Annual returns of the Patna Lunatic Asylum at Bankipore in Bihar and Orissa - 1912-1924
Year: 1912
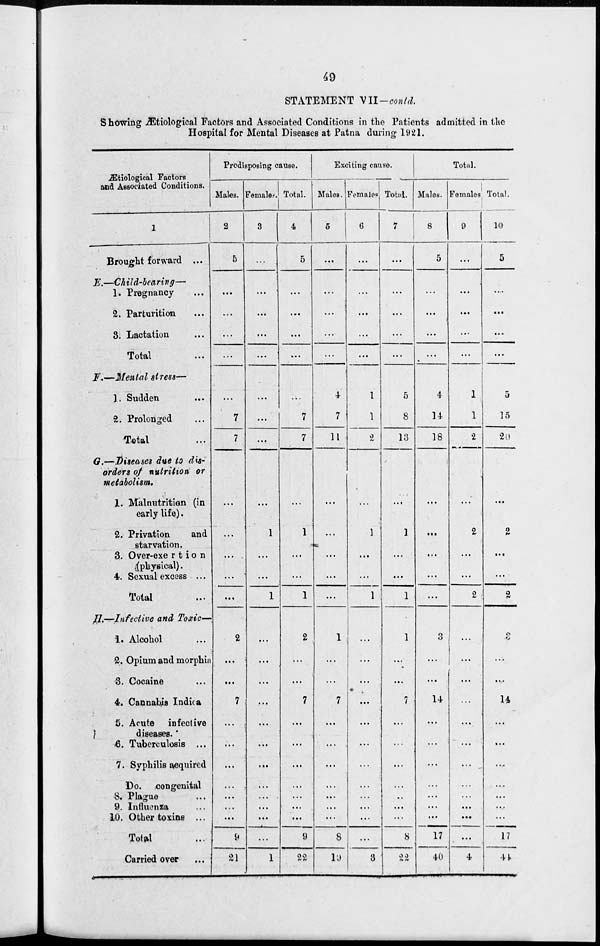
49
STATEMENT VII—contd.
Showing Ætiological Factors and Associated Conditions in the Patients admitted in the
Hospital for Mental Diseases at Patna during 1921.
Ætiological Factors
and Associated Conditions.
1
Brought forward ...
E.—Child-bearing—
1. Pregnancy ...
2. Parturition ...
3. Lactation ...
Total ...
F.—Mental stress—
1. Sudden ...
2. Prolonged ...
Total ...
G.—Diseases due to dis-
orders of nutrition or
metabolism.
1. Malnutrition (in
early life).
2. Privation
and
starvation.
3. Over-exertion
(physical).
4. Sexual excess ...
Total ...
H.—Infective and Toxic—
1. Alcohol ...
2. Opium and morphia
3. Cocaine ...
4. Cannabis Indica
5. Acute infective
diseases.
6. Tuberculosis ...
7. Syphilis acquired
Do. congenital
8. Plague ...
9. Influenza ...
10. Other toxins ...
Total ...
Carried over
...
Predisposing cause.
Males.
2
5
...
...
...
...
...
7
7
...
...
...
...
...
2
...
...
7
...
...
...
...
...
...
...
9
21
Females.
3
...
...
...
...
...
...
...
...
...
1
...
...
1
...
...
...
...
...
...
...
...
...
...
...
...
1
Total.
4
5
...
...
...
...
...
7
7
...
1
...
...
1
2
...
...
7
...
...
...
...
...
...
...
9
22
Exciting cause.
Males.
5
...
...
...
...
...
4
7
11
...
...
...
...
...
1
...
...
7
...
...
...
...
...
...
...
8
19
Females.
6
...
...
...
...
...
1
1
2
...
1
...
...
1
...
...
...
...
...
...
...
...
...
...
...
...
3
Total.
7
...
...
...
...
...
5
8
13
...
1
...
...
1
1
...
...
7
...
...
...
...
...
...
...
8
22
Total.
Males.
8
5
...
...
...
...
4
14
18
...
...
...
...
...
3
...
...
14
...
...
...
...
...
...
...
17
40
Females.
9
...
...
...
...
...
1
1
2
...
2
...
...
2
...
...
...
...
...
...
...
...
...
...
...
...
4
Total.
10
5
...
...
...
...
5
15
20
...
2
...
...
2
3
...
...
14
...
...
...
...
...
...
...
17
44